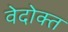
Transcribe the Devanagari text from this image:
वेदोक्‍त